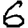
Digit: 6